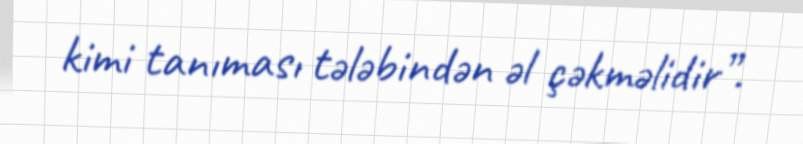
kimi tanıması tələbindən əl çəkməlidir”.